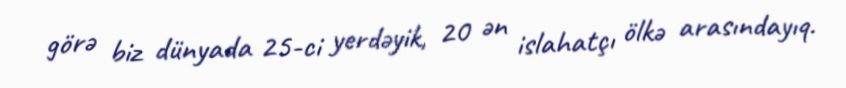
görə biz dünyada 25-ci yerdəyik, 20 ən islahatçı ölkə arasındayıq.